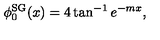
\phi _ { 0 } ^ { \mathrm { S G } } ( x ) = 4 \tan ^ { - 1 } e ^ { - m x } ,